Vaccination in the Punjab 1883-1896 - 1883-1896
Year: 1883
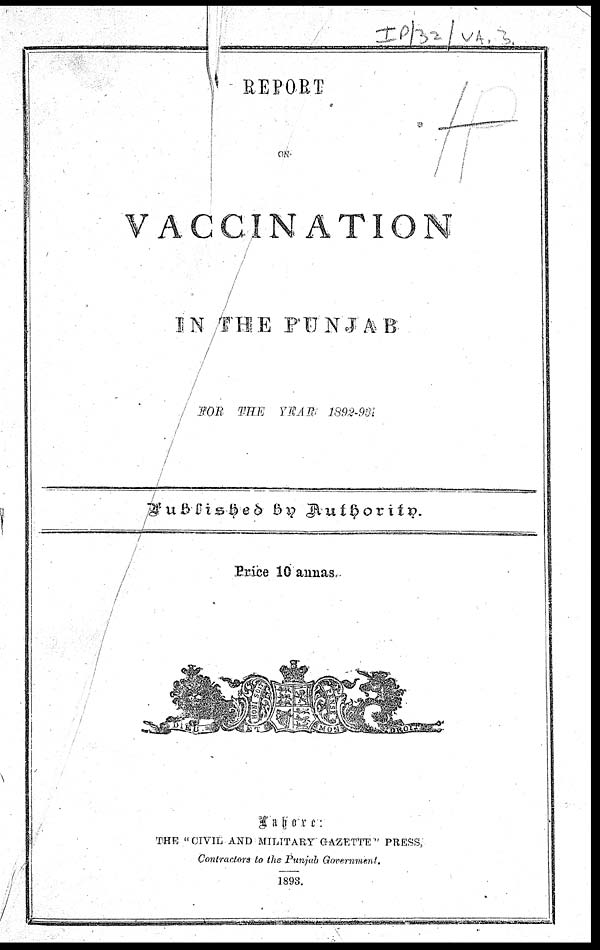
REPORT
ON
VACCINATION
IN THE PUNJAB
FOR THE YEAR
1892-93.
Published By Authority.
Price 10 annas.
Lahore:
THE "CIVIL AND MILITARY GAZETTE" PRESS,
Contractors to the Punjab Government.
1893.